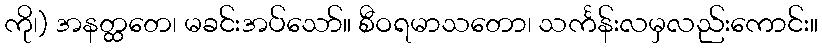
ကို၊) အနတ္ထတေ၊ မခင်းအပ်သော်။ စီဝရမာသတော၊ သင်္ကန်းလမှလည်းကောင်း။